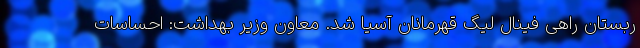
ربستان راهی فینال لیگ قهرمانان آسیا شد. معاون وزیر بهداشت: احساسات